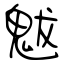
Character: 魃